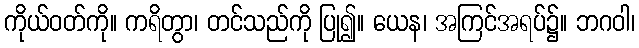
ကိုယ်ဝတ်ကို။ ကရိတွာ၊ တင်သည်ကို ပြု၍။ ယေန၊ အကြင်အရပ်၌။ ဘဂဝါ၊